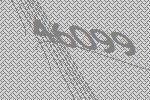
46099